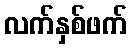
လက်နှစ်ဖက်